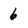
Character: 6